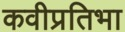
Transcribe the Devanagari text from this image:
कवीप्रतिभा